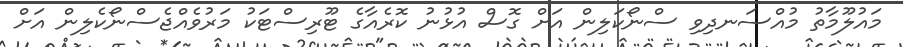
މައުލޫމާތު މުއްސަނދިވި ސްނޯކަލިން އަށް ގޮސް އުޅުނު ކޮރެއާގެ ޓޫރިސްޓަކު މަރުވެއްޖެސްނޯކެލިން އަށް